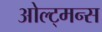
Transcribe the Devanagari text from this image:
ओल्ट्मन्स